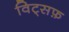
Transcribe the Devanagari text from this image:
विट्सफ़